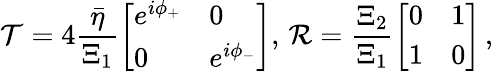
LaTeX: \mathcal{T}=4\frac{\bar{\eta}}{\Xi_{1}}\left[\begin{array}{ll}{e^{i\phi_{+}}}&{0}\\ {0}&{e^{i\phi_{-}}}\end{array}\right],\, \mathcal{R}=\frac{\Xi_{2}}{\Xi_{1}}\left[\begin{array}{ll}{0}&{1}\\ {1}&{0}\end{array}\right]\, ,